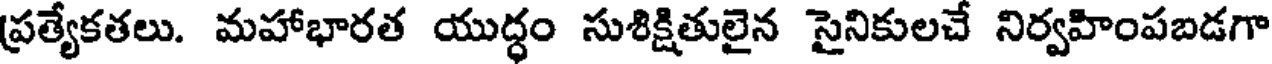
ప్రత్యేకతలు. మహాభారత యుద్ధం సుశిక్షితులైన సైనికులచే నిర్వహింపబడగా